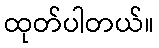
ထုတ်ပါတယ်။